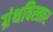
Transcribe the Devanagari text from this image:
ग्रंथविस्तार